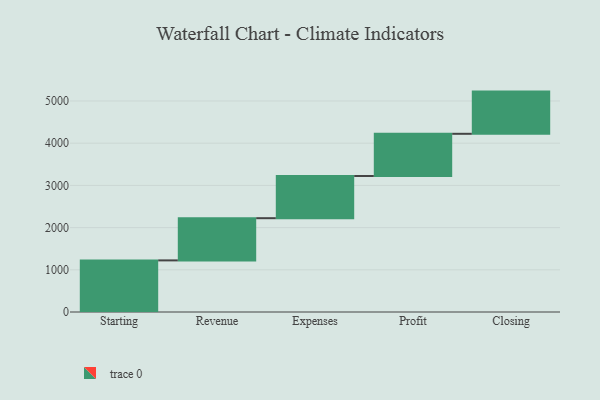
{"axis": {"x": "Step", "y": "Value"}, "legend": [""], "data": [{"x": "Starting", "y": 1223.0, "type": ""}, {"x": "Revenue", "y": 1000, "type": ""}, {"x": "Expenses", "y": 1000, "type": ""}, {"x": "Profit", "y": 1000, "type": ""}, {"x": "Closing", "y": 1000, "type": ""}]}